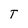
Character: T